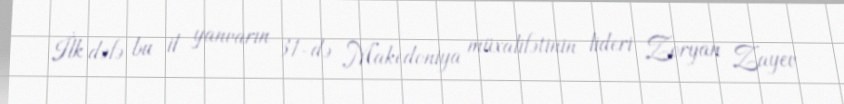
İlk dəfə bu il yanvarın 31-də Makedoniya müxalifətinin lideri Zoryan Zayev